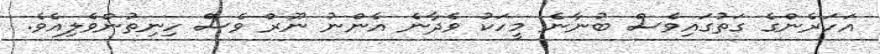
އަހަރެންގެ ގަތުގައިވެސް ބުނާނެ މީހަކު ވެދާނެ އެންނު ނޫރް ވެސް ހިނިތުންވެލިއެވެ.